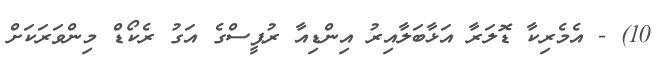
10) - އެމެރިކާ ޑޮލަރާ އަޅާބަލާއިރު އިންޑިއާ ރުޕީސްގެ އަގު ރެކޯޑް މިންވަރަކަށް